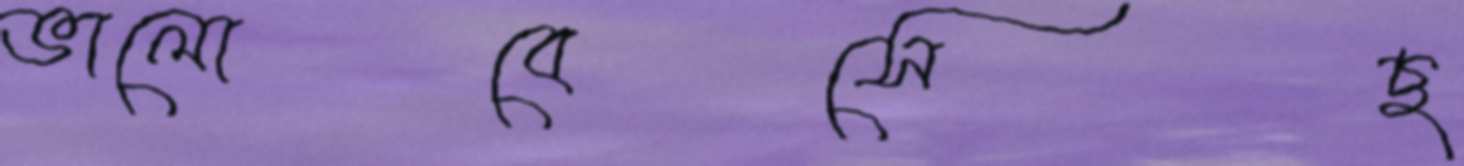
ভালোবেসেছ